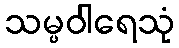
သမ္ပဝါရေသုံ